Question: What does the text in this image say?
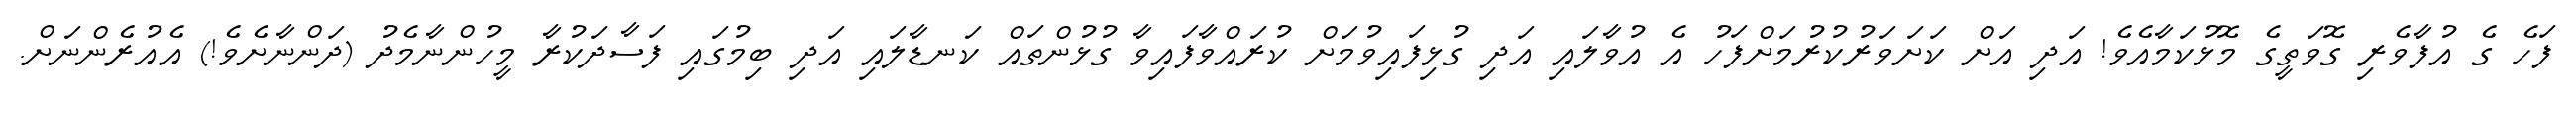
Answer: ފަހެ ގެ އުފާވެރި ގޮވަތީގެ މޮޅުކަމާއެވެ! އަދި އަށް ކަށަވަރުކުރުމަށްފަހު އެ އުވާލައި އަދި ގުޅިފައިވުމަށް ކުރައްވާފައިވާ ގުޅުންތައް ކަނޑާލައި އަދި ބިމުގައި ފަސާދަކުރާ މީހުންނާމެދު (ދަންނާށެވެ!) އެއުރެންނަށް.